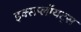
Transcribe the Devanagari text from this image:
इक्सप्लॉयट्स